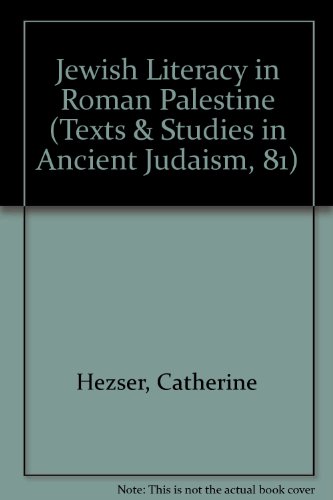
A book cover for Jewish Literacy in Roman Palestine (Texts & Studies in Ancient Judaism, 81); Catherine Hezser; Religion & Spirituality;